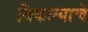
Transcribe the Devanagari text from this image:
विकल्याचे